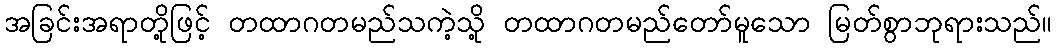
အခြင်းအရာတို့ဖြင့် တထာဂတမည်သကဲ့သို့ တထာဂတမည်တော်မူသော မြတ်စွာဘုရားသည်။